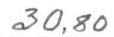
30,80